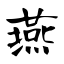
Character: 燕